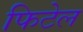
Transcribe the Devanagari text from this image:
फिटेल